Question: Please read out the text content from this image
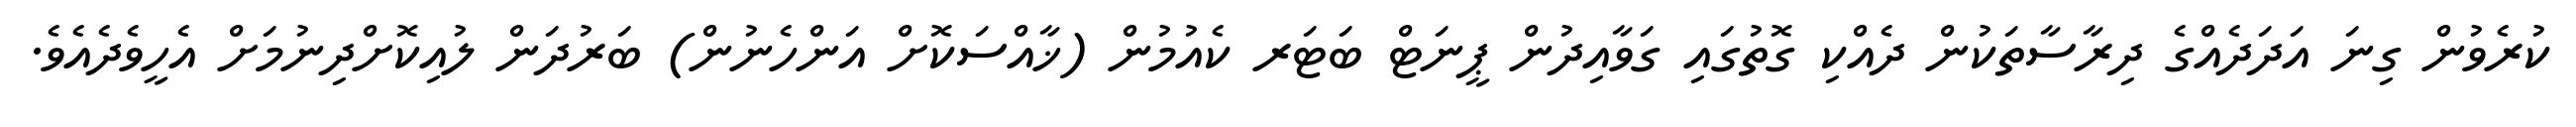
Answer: ކުރެވުން ގިނަ އަދަދެއްގެ ދިރާސާތަކުން ދެއްކި ގޮތުގައި ގަވާއިދުން ޕީނަޓް ބަޓަރ ކެއުމުން (ޚާއްސަކޮށް އަންހެނުން) ބަރުދަން ލުއިކޮށްދިނުމަށް އެހީވެދެއެވެ.